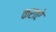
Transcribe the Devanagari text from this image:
कराऐ